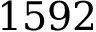
1 5 9 2